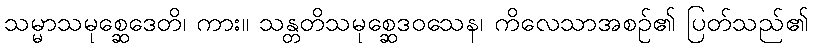
သမ္မာသမုစ္ဆေဒေတိ၊ ကား။ သန္တတိသမုစ္ဆေဒဝသေန၊ ကိလေသာအစဉ်၏ ပြတ်သည်၏